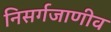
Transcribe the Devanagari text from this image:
निसर्गजाणीव